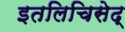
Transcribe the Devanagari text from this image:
इतलिचिसेद्